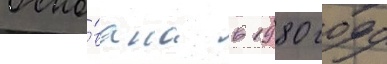
Осно́вана в 1980 году